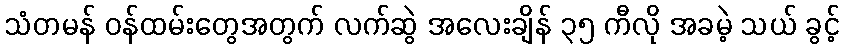
သံတမန် ဝန်ထမ်းတွေအတွက် လက်ဆွဲ အလေးချိန် ၃၅ ကီလို အခမဲ့ သယ် ခွင့်